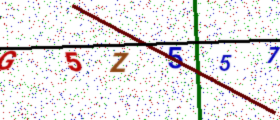
Text: G5Z557